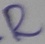
Text: R